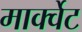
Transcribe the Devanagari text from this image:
मार्क्वेट